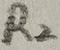
Text: R2